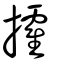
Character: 攉